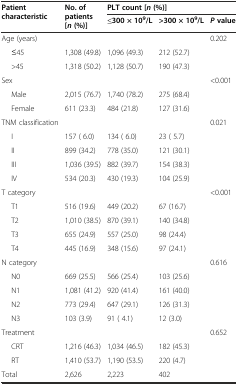
<table><thead><tr><td rowspan="2"><b>Patient characteristic</b></td><td rowspan="2"><b>No. of patients [<i>n</i>(%)]</b></td><td colspan="3"><b>PLT count [<i>n</i>(%)]</b></td></tr><tr><td><b>≤300 × 10<sup>9</sup>/L</b></td><td><b>&gt;300 × 10<sup>9</sup>/L</b></td><td><b><i>P</i>value</b></td></tr></thead><tbody><tr><td>Age (years)</td><td></td><td></td><td></td><td>0.202</td></tr><tr><td>≤45</td><td>1,308 (49.8)</td><td>1,096 (49.3)</td><td>212 (52.7)</td><td></td></tr><tr><td>&gt;45</td><td>1,318 (50.2)</td><td>1,128 (50.7)</td><td>190 (47.3)</td><td></td></tr><tr><td>Sex</td><td></td><td></td><td></td><td>&lt;0.001</td></tr><tr><td>Male</td><td>2,015 (76.7)</td><td>1,740 (78.2)</td><td>275 (68.4)</td><td></td></tr><tr><td>Female</td><td>611 (23.3)</td><td>484 (21.8)</td><td>127 (31.6)</td><td></td></tr><tr><td>TNM classification</td><td></td><td></td><td></td><td>0.021</td></tr><tr><td>I</td><td>157 ( 6.0)</td><td>134 ( 6.0)</td><td>23 ( 5.7)</td><td></td></tr><tr><td>II</td><td>899 (34.2)</td><td>778 (35.0)</td><td>121 (30.1)</td><td></td></tr><tr><td>III</td><td>1,036 (39.5)</td><td>882 (39.7)</td><td>154 (38.3)</td><td></td></tr><tr><td>IV</td><td>534 (20.3)</td><td>430 (19.3)</td><td>104 (25.9)</td><td></td></tr><tr><td>T category</td><td></td><td></td><td></td><td>&lt;0.001</td></tr><tr><td>T1</td><td>516 (19.6)</td><td>449 (20.2)</td><td>67 (16.7)</td><td></td></tr><tr><td>T2</td><td>1,010 (38.5)</td><td>870 (39.1)</td><td>140 (34.8)</td><td></td></tr><tr><td>T3</td><td>655 (24.9)</td><td>557 (25.0)</td><td>98 (24.4)</td><td></td></tr><tr><td>T4</td><td>445 (16.9)</td><td>348 (15.6)</td><td>97 (24.1)</td><td></td></tr><tr><td>N category</td><td></td><td></td><td></td><td>0.616</td></tr><tr><td>N0</td><td>669 (25.5)</td><td>566 (25.4)</td><td>103 (25.6)</td><td></td></tr><tr><td>N1</td><td>1,081 (41.2)</td><td>920 (41.4)</td><td>161 (40.0)</td><td></td></tr><tr><td>N2</td><td>773 (29.4)</td><td>647 (29.1)</td><td>126 (31.3)</td><td></td></tr><tr><td>N3</td><td>103 (3.9)</td><td>91 ( 4.1)</td><td>12 (3.0)</td><td></td></tr><tr><td>Treatment</td><td></td><td></td><td></td><td>0.652</td></tr><tr><td>CRT</td><td>1,216 (46.3)</td><td>1,034 (46.5)</td><td>182 (45.3)</td><td></td></tr><tr><td>RT</td><td>1,410 (53.7)</td><td>1,190 (53.5)</td><td>220 (4.7)</td><td></td></tr><tr><td>Total</td><td>2,626</td><td>2,223</td><td>402</td><td></td></tr></tbody></table>